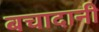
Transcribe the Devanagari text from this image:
बचादानी